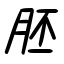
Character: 胚